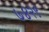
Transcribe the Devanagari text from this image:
७४२९